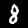
Label: 8